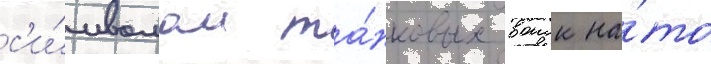
с'и́мволом та́нковых воиск на́то